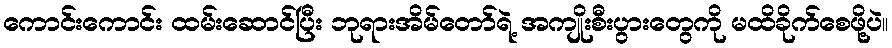
ကောင်းကောင်း ထမ်းဆောင်ပြီး ဘုရားအိမ်တော်ရဲ့ အကျိုးစီးပွားတွေကို မထိခိုက်စေဖို့ပဲ။